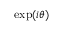
\exp ( i \theta )